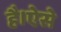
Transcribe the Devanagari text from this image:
है।ऐसे